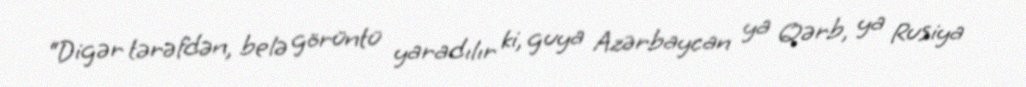
“Digər tərəfdən, belə görüntü yaradılır ki, guya Azərbaycan ya Qərb, ya Rusiya